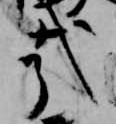
哉